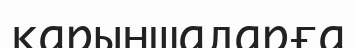
қарыншаларға